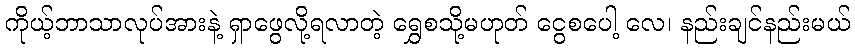
ကိုယ့်ဘာသာလုပ်အားနဲ့ ရှာဖွေလို့ရလာတဲ့ ရွှေစသို့မဟုတ် ငွေစပေါ့ လေ၊ နည်းချင်နည်းမယ်